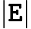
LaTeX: |\mathtt{E}|